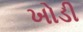
ખોડી